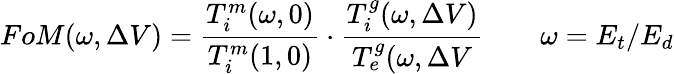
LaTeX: FoM(\omega,\Delta V)=\frac{T_{i}^{m}(\omega,0)}{T_{i}^{m}(1,0)}\cdot\frac{T_{i}^{g}(\omega,\Delta V)}{T_{e}^{g}(\omega,\Delta V}\qquad\omega=E_{t}/E_{d}